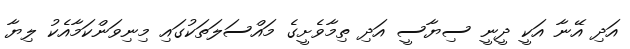
އަދި އޭނާ އަކީ ދީނީ ސިޔާސީ އަދި ތިމާވެށީގެ މައްސަލަތަކުގައި މިނިވަންކަމާއެކު ލިޔާ